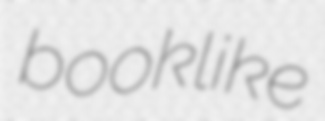
booklike